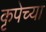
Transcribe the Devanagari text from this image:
कृपेच्या